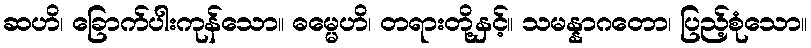
ဆဟိ၊ ခြောက်ပါးကုန်သော။ ဓမ္မေဟိ၊ တရားတို့နှင့်။ သမန္နာဂတော၊ ပြည့်စုံသော။